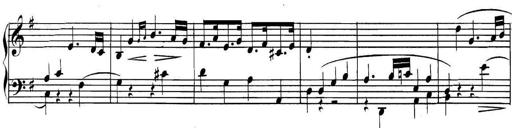
Title: Collected Piano Sonatas
Composer: Muzio Clementi